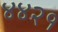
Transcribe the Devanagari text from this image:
४४२१